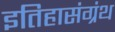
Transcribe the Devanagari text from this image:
इतिहासंग्रंथ